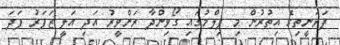
ޕަރަނީތިގެ އިތުރުން މި ފިލްމުގައި ގޯވިންދާ ރަންވީރު އަދި އަލީ ޒަފަރު ފަދަ